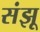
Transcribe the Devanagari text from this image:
संझू